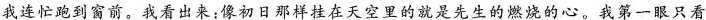
我连忙跑到窗前。我看出来；初日那样挂在天空里的就是先生的燃烧的心。我第一眼只看